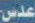
عدس